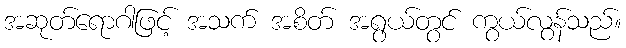
အဆုတ်ရောဂါဖြင့် အသက် အစိတ် အရွယ်တွင် ကွယ်လွန်သည်။